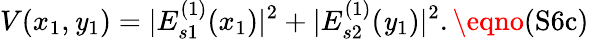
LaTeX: V(x_{1},\mathit{y}_{1})=|E_{s1}^{(1)}(x_{1})|^{2}+|E_{s2}^{(1)}(\mathit{y}_{1})|^{2}.\eqno{(\textrm{{S6c}})}